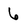
Character: 6